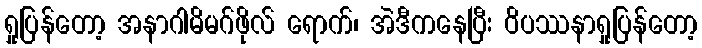
ရှုပြန်တော့ အနာဂါမိမဂ်ဖိုလ် ရောက်၊ အဲဒီကနေပြီး ဝိပဿနာရှုပြန်တော့